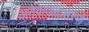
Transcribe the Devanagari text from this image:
अनेकउदाहरणे